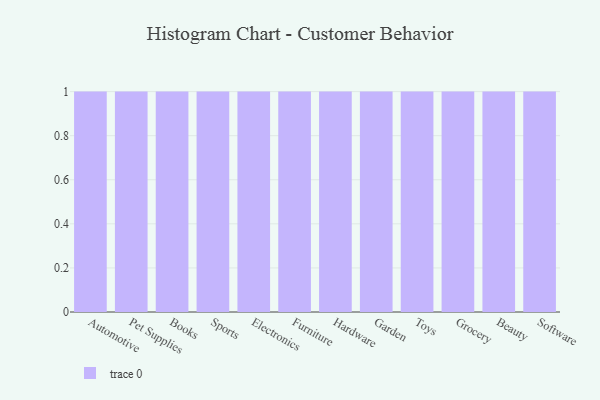
{"axis": {"x": "Category", "y": "Humidity (%)"}, "legend": [""], "data": [{"x": "Automotive", "y": 93, "type": ""}, {"x": "Pet Supplies", "y": 26, "type": ""}, {"x": "Books", "y": 8, "type": ""}, {"x": "Sports", "y": 43, "type": ""}, {"x": "Electronics", "y": 56, "type": ""}, {"x": "Furniture", "y": 6, "type": ""}, {"x": "Hardware", "y": 19, "type": ""}, {"x": "Garden", "y": 26, "type": ""}, {"x": "Toys", "y": 47, "type": ""}, {"x": "Grocery", "y": 62, "type": ""}, {"x": "Beauty", "y": 54, "type": ""}, {"x": "Software", "y": 82, "type": ""}]}